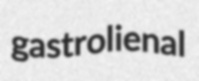
gastrolienal